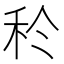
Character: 𥝨